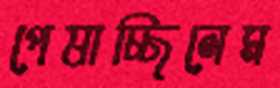
পেষাচ্ছিলেম